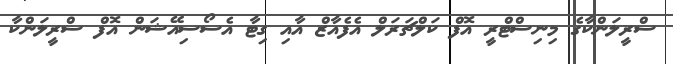
ސްރީލަންކާގެ މިނިސްޓްރީ އޮފް ކަލްޗަރަލް އެފެއާޒް އާއި ގިޓާ އެސޯސިއޭޝަން އޮފް ސްރީލަންކާ